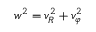
w ^ { 2 } = v _ { R } ^ { 2 } + v _ { \varphi } ^ { 2 }